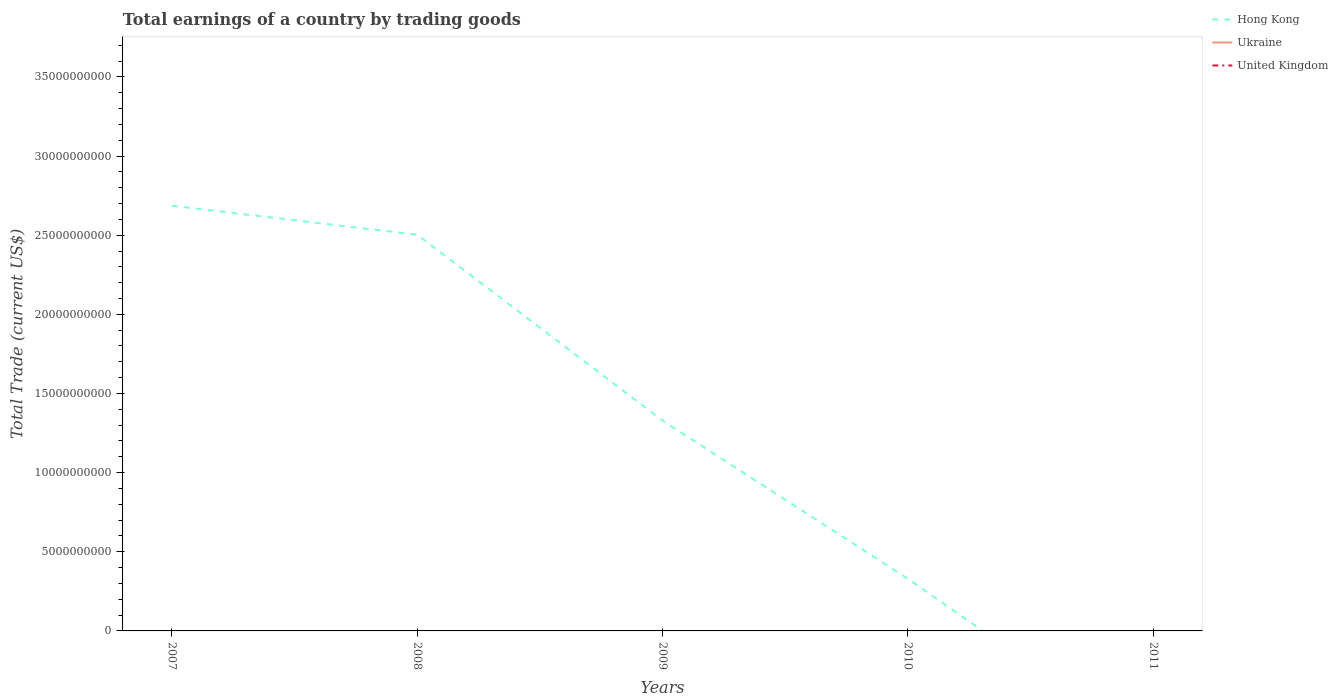
| Years | Hong Kong | Ukraine | United Kingdom |
 | --- | --- | --- | --- |
 | 2007 | 2.69e+10 | -1.16e+10 | -1.87e+11 |
 | 2008 | 2.5e+10 | -1.75e+10 | -1.8e+11 |
 | 2009 | 1.33e+10 | -5.34e+09 | -1.31e+11 |
 | 2010 | 3.29e+09 | -9.6e+09 | -1.51e+11 |
 | 2011 | -7.48e+09 | -1.8e+10 | -1.55e+11 |